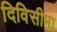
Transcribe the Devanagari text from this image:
दिविसीमा